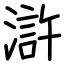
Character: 滸